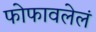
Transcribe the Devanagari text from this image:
फोफावलेलं